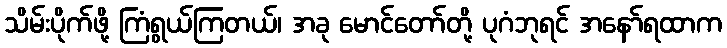
သိမ်းပိုက်ဖို့ ကြံရွယ်ကြတယ်၊ အခု မောင်တော်တို့ ပုဂံဘုရင် အနော်ရထာက